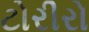
ટોરીરો